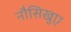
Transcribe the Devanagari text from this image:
नौसिखुए